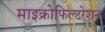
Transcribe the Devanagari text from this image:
माइक्रोफिल्टरेशन